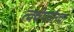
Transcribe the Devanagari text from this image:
त्वचेपर्यंतचा